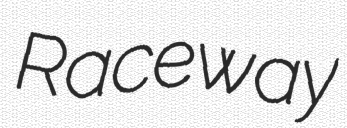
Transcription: Raceway